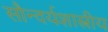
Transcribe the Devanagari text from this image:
सौन्दर्यशास्त्रीय